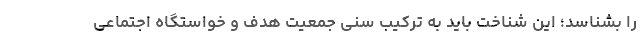
را بشناسد؛ این شناخت باید به ترکیب سنی جمعیت هدف و خواستگاه اجتماعی